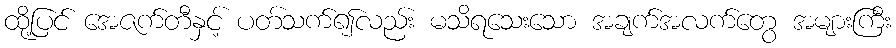
ထို့ပြင် အေဇက်တီနှင့် ပတ်သက်၍လည်း မသိရသေးသော အချက်အလက်တွေ အများကြီး